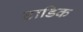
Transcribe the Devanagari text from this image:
टाडिक